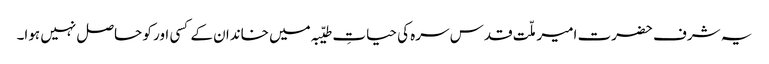
یہ شرف حضرت امیر ملّت قدس سرہ کی حیاتِ طیّبہ میں خاندان کے کسی اور کو حاصل نہیں ہوا۔